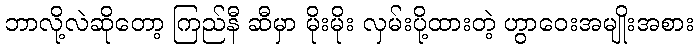
ဘာလို့လဲဆိုတော့ ကြည်နီ ဆီမှာ မိုးမိုး လှမ်းပို့ထားတဲ့ ဟွာဝေးအမျိုးအစား